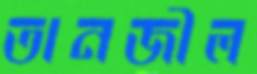
তানজীল